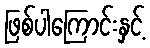
ဖြစ်ပါကြောင်းနှင့်